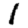
Digit: 1